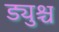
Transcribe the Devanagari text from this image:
ड्युश्च